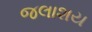
જલાશય